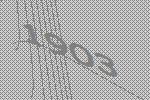
1903